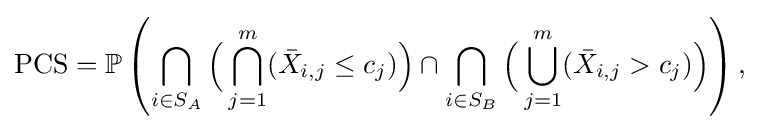
{\begin{aligned}\mathrm {PCS} =\mathbb {P} \left(\bigcap _{i\in S_{A}}{\Big (}\bigcap _{j=1}^{m}({\bar {X}}_{i,j}\leq c_{j}){\Big )}\cap \bigcap _{i\in S_{B}}{\Big (}\bigcup _{j=1}^{m}({\bar {X}}_{i,j}>c_{j}){\Big )}\right),\end{aligned}}